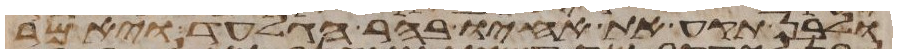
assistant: ולבן תקע את אחיו בהר הגלעד ויאמר